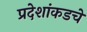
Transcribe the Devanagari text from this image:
प्रदेशांकडचे